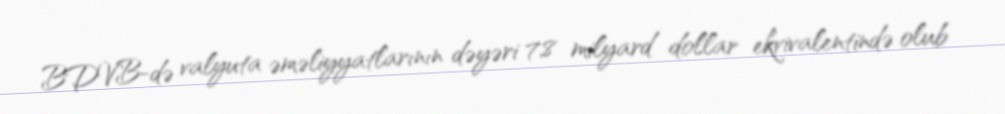
BDVB-də valyuta əməliyyatlarının dəyəri 7,8 milyard dollar ekvivalentində olub